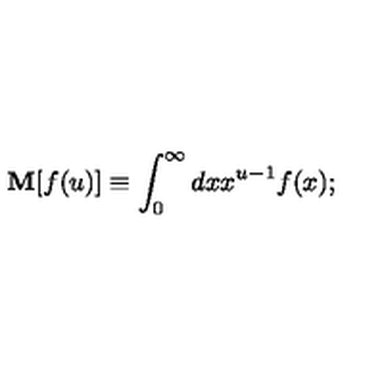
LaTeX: \mathbf { M } [ f ( u ) ] \equiv \int _ { 0 } ^ { \infty } d x x ^ { u - 1 } f ( x ) ;